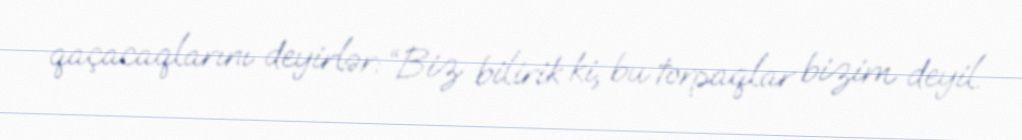
qaçacaqlarını deyirlər: “Biz bilirik ki, bu torpaqlar bizim deyil.